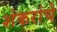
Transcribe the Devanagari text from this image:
शंकरांचे